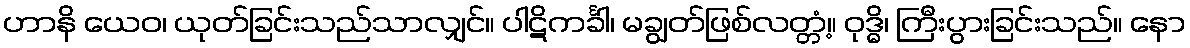
ဟာနိ ယေဝ၊ ယုတ်ခြင်းသည်သာလျှင်။ ပါဋိကင်္ခါ၊ မချွတ်ဖြစ်လတ္တံ့။ ဝုဒ္ဓိ၊ ကြီးပွားခြင်းသည်။ နော